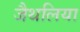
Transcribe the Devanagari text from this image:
जैथलिया